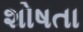
શોષતા